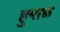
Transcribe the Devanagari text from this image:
हुमाळ